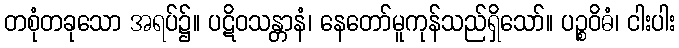
တစုံတခုသော အရပ်၌။ ပဋိဝသန္တာနံ၊ နေတော်မူကုန်သည်ရှိသော်။ ပဉ္စဝိဓံ၊ ငါးပါး